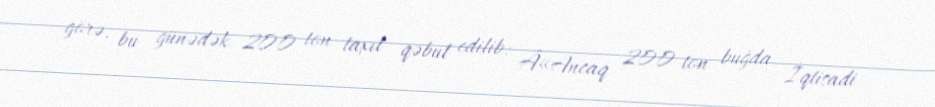
görə, bu günədək 200 ton taxıl qəbul edilib: Â«Ancaq 200 ton buğda İqtisadi